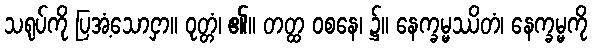
သရုပ်ကို ပြအံ့သောငှာ။ ဝုတ္တံ၊ ၏။ တတ္ထ ဝစနေ၊ ၌။ နေက္ခမ္မဿိတံ၊ နေက္ခမ္မကို